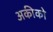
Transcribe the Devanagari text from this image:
अकीको